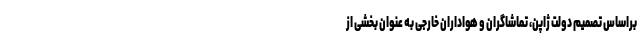
براساس تصمیم دولت ژاپن، تماشاگران و هواداران خارجی به عنوان بخشی از